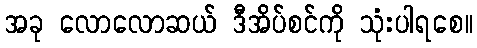
အခု လောလောဆယ် ဒီအိပ်စင်ကို သုံးပါရစေ။